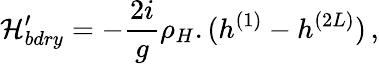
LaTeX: {\cal H}_{bdry}^{\prime}=-\frac{2i}{g}\rho_{H}.(h^{(1)}-h^{(2L)})\, ,